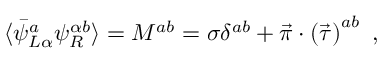
\langle \bar { \psi } _ { L \alpha } ^ { a } \psi _ { R } ^ { \alpha b } \rangle = M ^ { a b } = \sigma \delta ^ { a b } + \vec { \pi } \cdot \left( \vec { \tau } \right) ^ { a b } \ ,